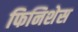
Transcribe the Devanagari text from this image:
फिनिशेस